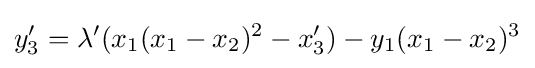
y_{3}'=\lambda '(x_{1}(x_{1}-x_{2})^{2}-x_{3}')-y_{1}(x_{1}-x_{2})^{3}